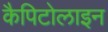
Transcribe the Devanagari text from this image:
कैपिटोलाइन